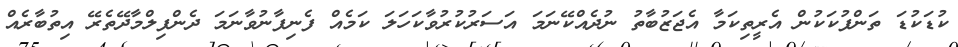
ކުޑަކުޑަ ތަންފުކަކުން އެރީތިކަމާ އެޖަޒުބާތު ނުދެއްކޭނަމަ އަަސަރުކުރުވާކަހަލަ ކަމެއް ފެނިފާނުވާނަމަ ދެންފިލްމާދޭތެރޭ އިތުބާރެއް